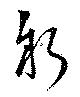
躬